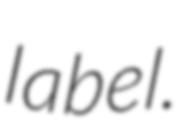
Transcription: label.